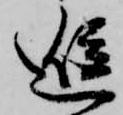
進